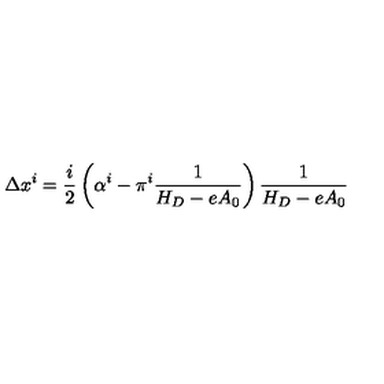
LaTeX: \Delta x ^ { i } = \frac i 2 \left( \alpha ^ { i } - \pi ^ { i } \frac 1 { H _ { D } - e A _ { 0 } } \right) \frac 1 { H _ { D } - e A _ { 0 } }